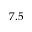
7 . 5